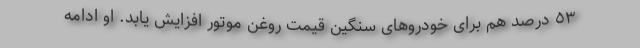
٥٣ درصد هم برای خودروهاى سنگين قيمت روغن موتور افزايش یابد. او ادامه